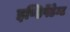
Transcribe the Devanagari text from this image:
इण्डिपेंडेन्ट